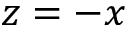
z = - x